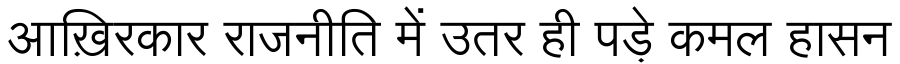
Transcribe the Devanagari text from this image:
आख़िरकार राजनीति में उतर ही पड़े कमल हासन